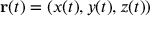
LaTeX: \mathbf { r } ( t ) = ( x ( t ) , y ( t ) , z ( t ) )